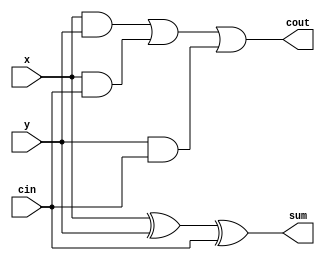
module fullAdder(x, y, cin, cout, sum);
  input  x, y , cin;
  output cout, sum;
  wire w1, w2, w3;

  and(w1, x, y);
  and(w2, x, cin);
  and(w3, y, cin);
  xor(sum, x, y, cin);
  or(cout, w1, w2, w3);
endmodule

module test_bench_fullAdder;

  reg x_1, y_1, cin_1;
  wire cout_1, sum_1;

  fullAdder fadder1(.x(x_1), .y(y_1), .cin(cin_1), .cout(cout_1), .sum(sum_1));
  initial begin
  $monitor("x=%b, y=%b, cin=%b => sum=%b, cout=%b ", x_1, y_1, cin_1, sum_1, cout_1);
  x_1=1'b0;y_1=1'b0;cin_1=1'b0;
  #10
  x_1=1'b0;y_1=1'b0;cin_1=1'b1;
  #10
  x_1=1'b0;y_1=1'b1;cin_1=1'b0;
  #10
  x_1=1'b0;y_1=1'b1;cin_1=1'b1;
  #10
  x_1=1'b1;y_1=1'b0;cin_1=1'b0;
  #10
  x_1=1'b1;y_1=1'b0;cin_1=1'b1;
  #10
  x_1=1'b1;y_1=1'b1;cin_1=1'b0;
  #10
  x_1=1'b1;y_1=1'b1;cin_1=1'b1;
  end
endmodule